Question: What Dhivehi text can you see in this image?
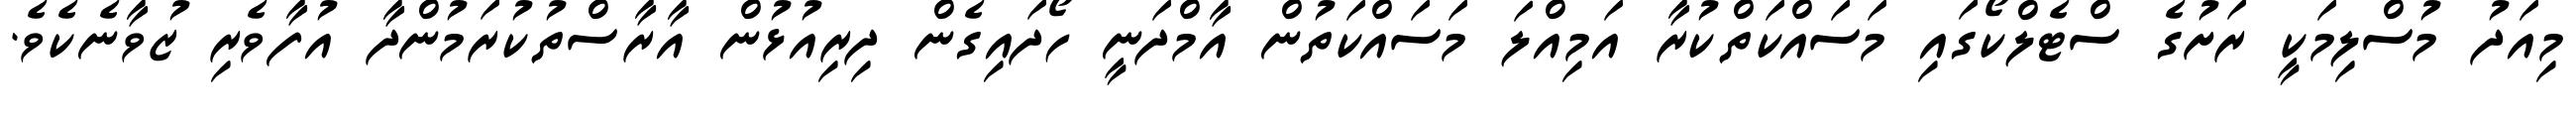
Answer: މިއަދު މުސްލިމަކީ ރަށުގެ ސްޓެލްކޯގައި މަސައްކަތްކުރާ އަމިއްލަ މަސައްކަތުން އާމްދަނީ ހޯދައިގެން ދިރިއުޅުން އާރާސްތުކުރަމުންދާ އުފާވެރި ޒުވާނެކެވެ.